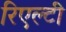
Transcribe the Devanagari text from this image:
रिएल्टी